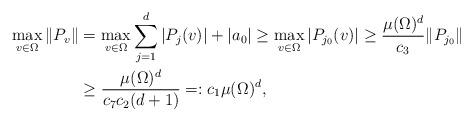
LaTeX: \begin{align*}\max_{v\in \Omega} \|P_v\| &= \max_{v\in \Omega} \sum_{j = 1}^d|P_j(v)| + |a_0| \ge \max_{v\in \Omega} |P_{j_0}(v)| \ge \frac{\mu(\Omega)^d}{c_{3}} \|P_{j_0}\| \\&\ge \frac{\mu(\Omega)^d}{c_{7}c_{2}(d+1)}=: c_{1} \mu(\Omega)^d,\end{align*}